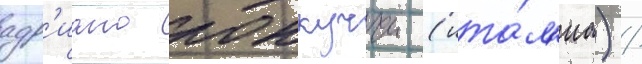
адр'иано роккуччи (ита́л'иа) /